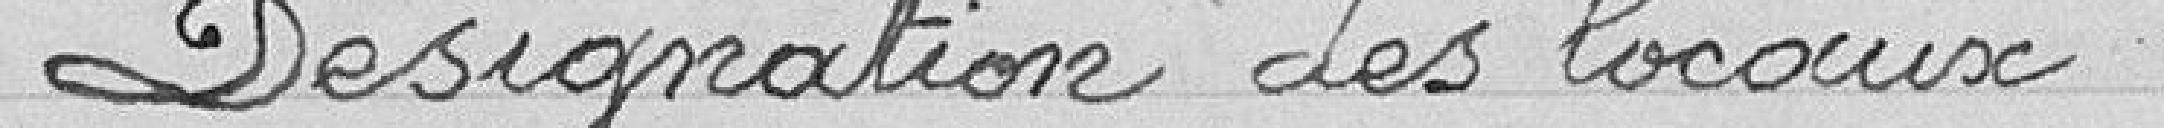
Désignation des locaux